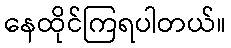
နေထိုင်ကြရပါတယ်။